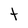
Character: t